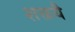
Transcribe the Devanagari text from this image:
शक्तयै